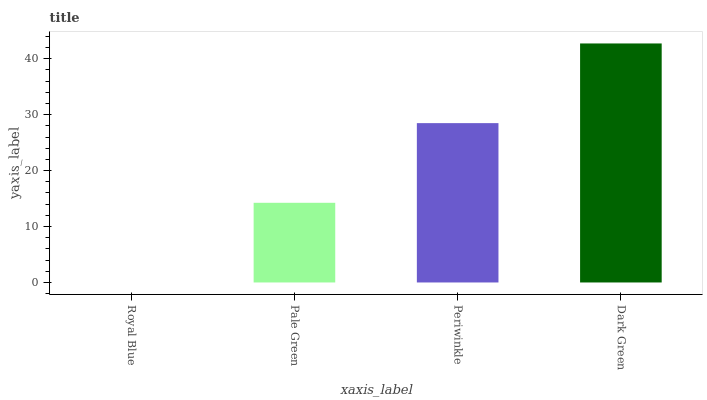
| xaxis_label | bars |
 | --- | --- |
 | Royal Blue | 0 |
 | Pale Green | 14.2 |
 | Periwinkle | 28.5 |
 | Dark Green | 42.7 |